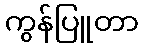
ကွန်ပြူတာ